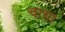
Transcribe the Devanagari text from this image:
चासा